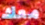
معك